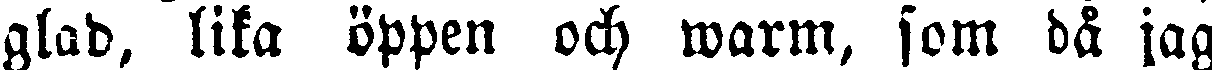
glad, lika öppen och warm, som då jag